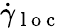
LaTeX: \dot{\gamma}_{\mathrm{~l~o~c~}}